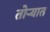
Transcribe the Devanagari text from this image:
तोर्‍यात